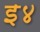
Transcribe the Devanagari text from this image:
इ४